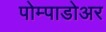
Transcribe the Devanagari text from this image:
पोम्पाडोअर